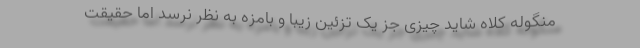
منگوله کلاه شاید چیزی جز یک تزئین زیبا و بامزه به نظر نرسد اما حقیقت